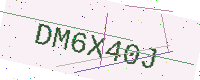
Text: DM6X40J